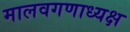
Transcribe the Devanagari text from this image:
मालवगणाध्यक्ष